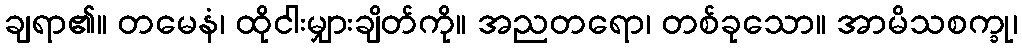
ချရာ၏။ တမေနံ၊ ထိုငါးမျှားချိတ်ကို။ အညတရော၊ တစ်ခုသော။ အာမိသစက္ခု၊